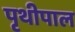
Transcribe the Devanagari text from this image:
पृथीपाल